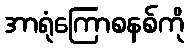
အာရုံကြောစနစ်ကို